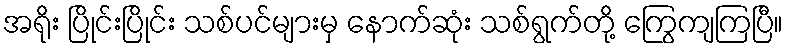
အရိုး ပြိုင်းပြိုင်း သစ်ပင်များမှ နောက်ဆုံး သစ်ရွက်တို့ ကြွေကျကြပြီ။